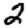
Digit: 2